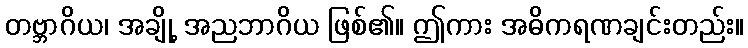
တဗ္ဘာဂိယ၊ အချို့ အညဘာဂိယ ဖြစ်၏။ ဤကား အဓိကရဏချင်းတည်း။